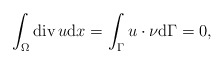
\begin{align*}\int_{\Omega} \mathrm{div}\, u \mathrm{d}x = \int_{\Gamma} u \cdot \nu \mathrm{d}\Gamma = 0, \end{align*}